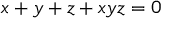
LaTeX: x + y + z + x y z = 0